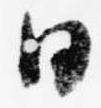
日